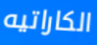
الكاراتيه